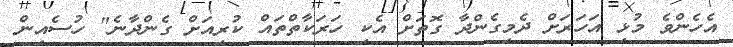
އެހެންވެ މުޅި އަހަރަށް ދެމިގެންދާ ގޮތަށް އެކި ހަރަކާތްތައް ކުރިއަށް ގެންދާނެ" ހުސެއިން